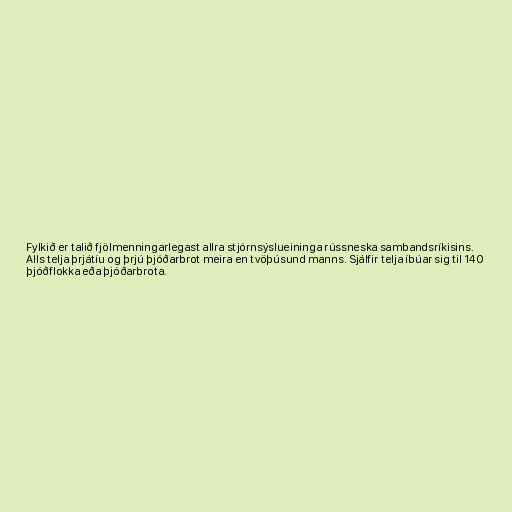
Fylkið er talið fjölmenningarlegast allra stjórnsýslueininga rússneska sambandsríkisins.
Alls telja þrjátíu og þrjú þjóðarbrot meira en tvöþúsund manns. Sjálfir telja íbúar sig til 140
þjóðflokka eða þjóðarbrota.